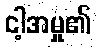
ငါ့အမှု၏